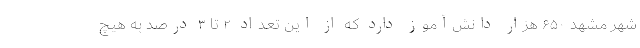
شهر مشهد ۶۵۰ هزار دانش‌آموز دارد که از این تعداد ۲ تا ۳ درصد به هیچ